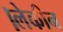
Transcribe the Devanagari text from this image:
।लेकीन